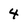
Character: 4